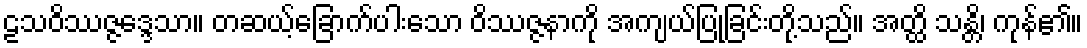
ဠသဝိဿဇ္ဇဒ္ဒေသာ။ တဆယ့်ခြောက်ပါးသော ဝိဿဇ္ဇနာကို အကျယ်ပြုခြင်းတို့သည်။ အတ္ထိ သန္တိ၊ ကုန်၏။